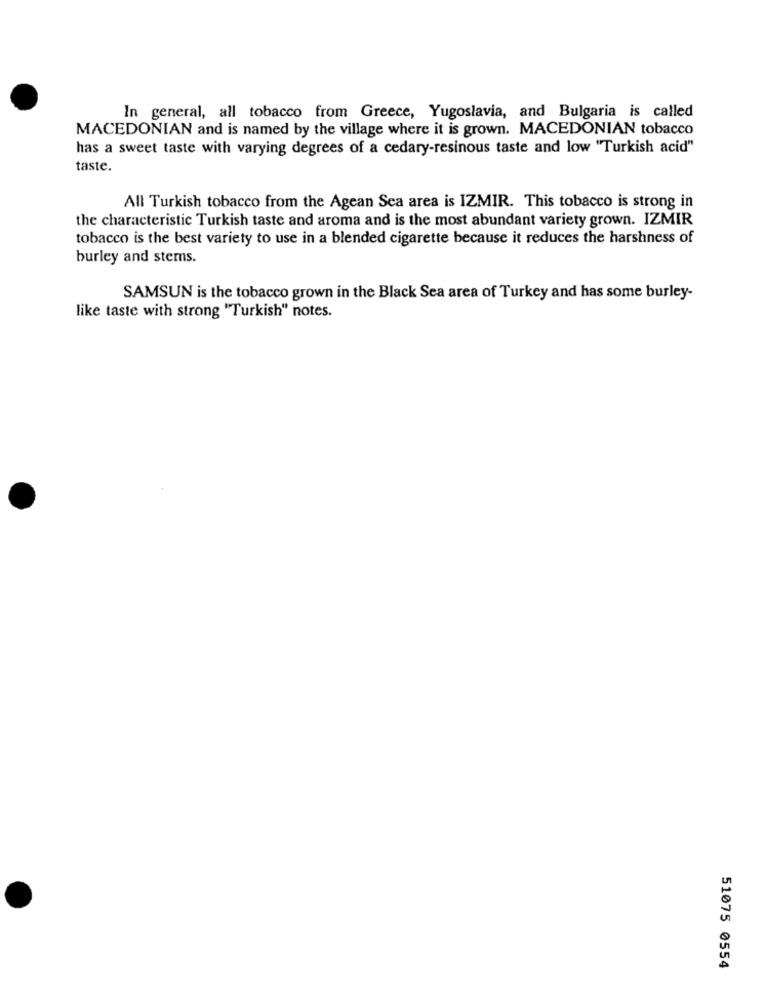
In general, all tobacco from Greece, Yugoslavia, and Bulgaria is called
MACEDONIAN and is named by the village where it is grown. MACEDONIAN tobacco
has a sweet taste with varying degrees of a cedary-resinous taste and low "Turkish acid"
taste.
All Turkish tobacco from the Agean Sea area is IZMIR. This tobacco is strong in
the characteristic Turkish taste and aroma and is the most abundant variety grown. IZMIR
tobacco is the best variety to use in a blended cigarette because it reduces the harshness of
burley and stems.
SAMSUN is the tobacco grown in the Black Sea area of Turkey and has some burley-
like taste with strong "Turkish" notes.
51075 0554